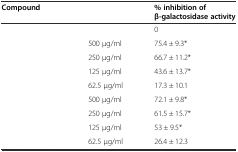
<table><thead><tr><td><b>Compound</b></td><td>[EMPTY_CELL]</td><td><b>% inhibition of β-galactosidase activity</b></td></tr></thead><tbody><tr><td>[EMPTY_CELL]</td><td>[EMPTY_CELL]</td><td>0</td></tr><tr><td>[EMPTY_CELL]</td><td>500 μg/ml</td><td>75.4 ± 9.3*</td></tr><tr><td>[EMPTY_CELL]</td><td>250 μg/ml</td><td>66.7 ± 11.2*</td></tr><tr><td>[EMPTY_CELL]</td><td>125 μg/ml</td><td>43.6 ± 13.7*</td></tr><tr><td>[EMPTY_CELL]</td><td>62.5 μg/ml</td><td>17.3 ± 10.1</td></tr><tr><td>[EMPTY_CELL]</td><td>500 μg/ml</td><td>72.1 ± 9.8*</td></tr><tr><td>[EMPTY_CELL]</td><td>250 μg/ml</td><td>61.5 ± 15.7*</td></tr><tr><td>[EMPTY_CELL]</td><td>125 μg/ml</td><td>53 ± 9.5*</td></tr><tr><td>[EMPTY_CELL]</td><td>62.5 μg/ml</td><td>26.4 ± 12.3</td></tr></tbody></table>